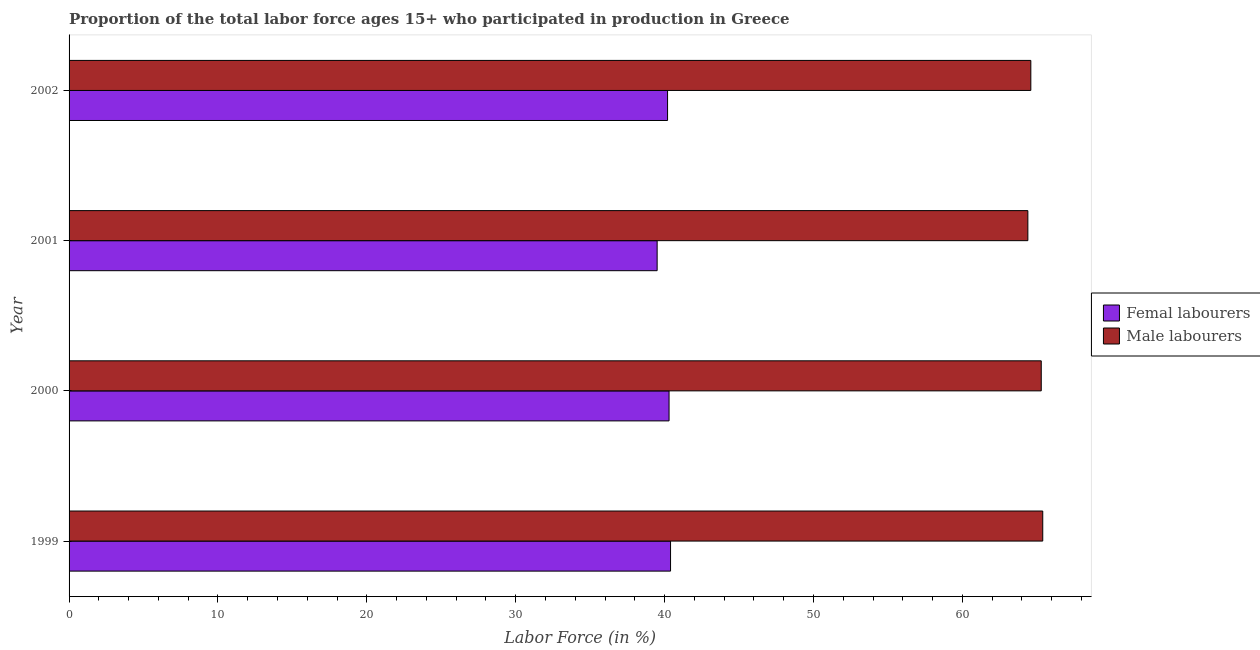
| Year | Femal labourers | Male labourers |
 | --- | --- | --- |
 | 1999 | 40.4 | 65.4 |
 | 2000 | 40.3 | 65.3 |
 | 2001 | 39.5 | 64.4 |
 | 2002 | 40.2 | 64.6 |